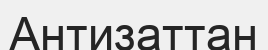
Антизаттан